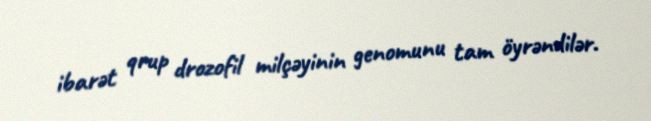
ibarət qrup drozofil milçəyinin genomunu tam öyrəndilər.